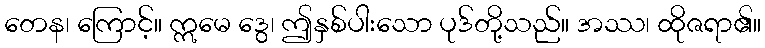
တေန၊ ကြောင့်။ ဣမေ ဒွေ၊ ဤနှစ်ပါးသော ပုဒ်တို့သည်။ အဿ၊ ထိုဇရာ၏။